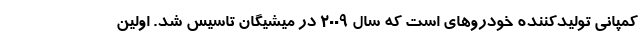
کمپانی تولیدکننده خودروهای است که سال 2009 در میشیگان تاسیس شد. اولین